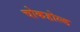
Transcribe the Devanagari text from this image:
चोकहोल्ड